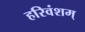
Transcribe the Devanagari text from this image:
हरिवंशम्